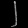
Digit: ၂